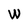
Character: W